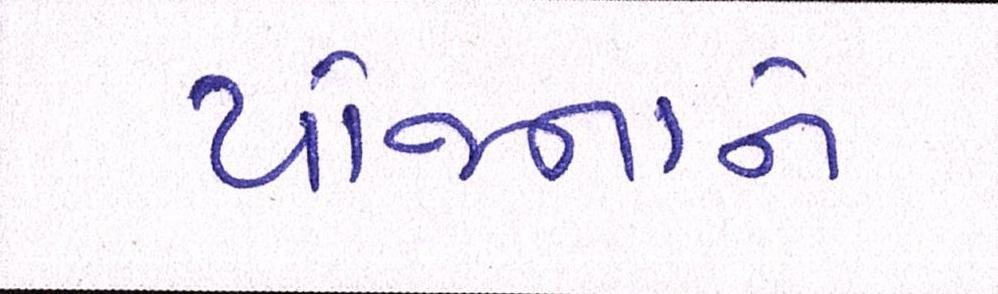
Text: યોજનાને